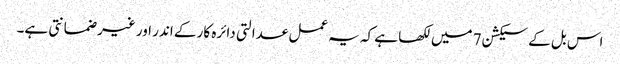
اس بل کے سیکشن 7 میں لکھا ہے کہ یہ عمل عدالتی دائرہ کار کے اندر اور غیر ضمانتی ہے۔